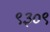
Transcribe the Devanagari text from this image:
९३०९